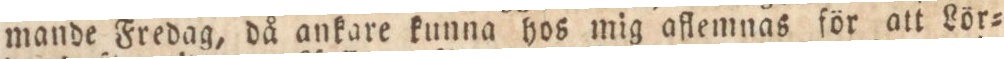
mande Fredag, då ankare kunna hos mig aflemnas för att Lör=